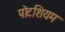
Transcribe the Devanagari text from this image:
पोटशियम